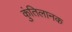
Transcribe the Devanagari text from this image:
कुंतिलानक